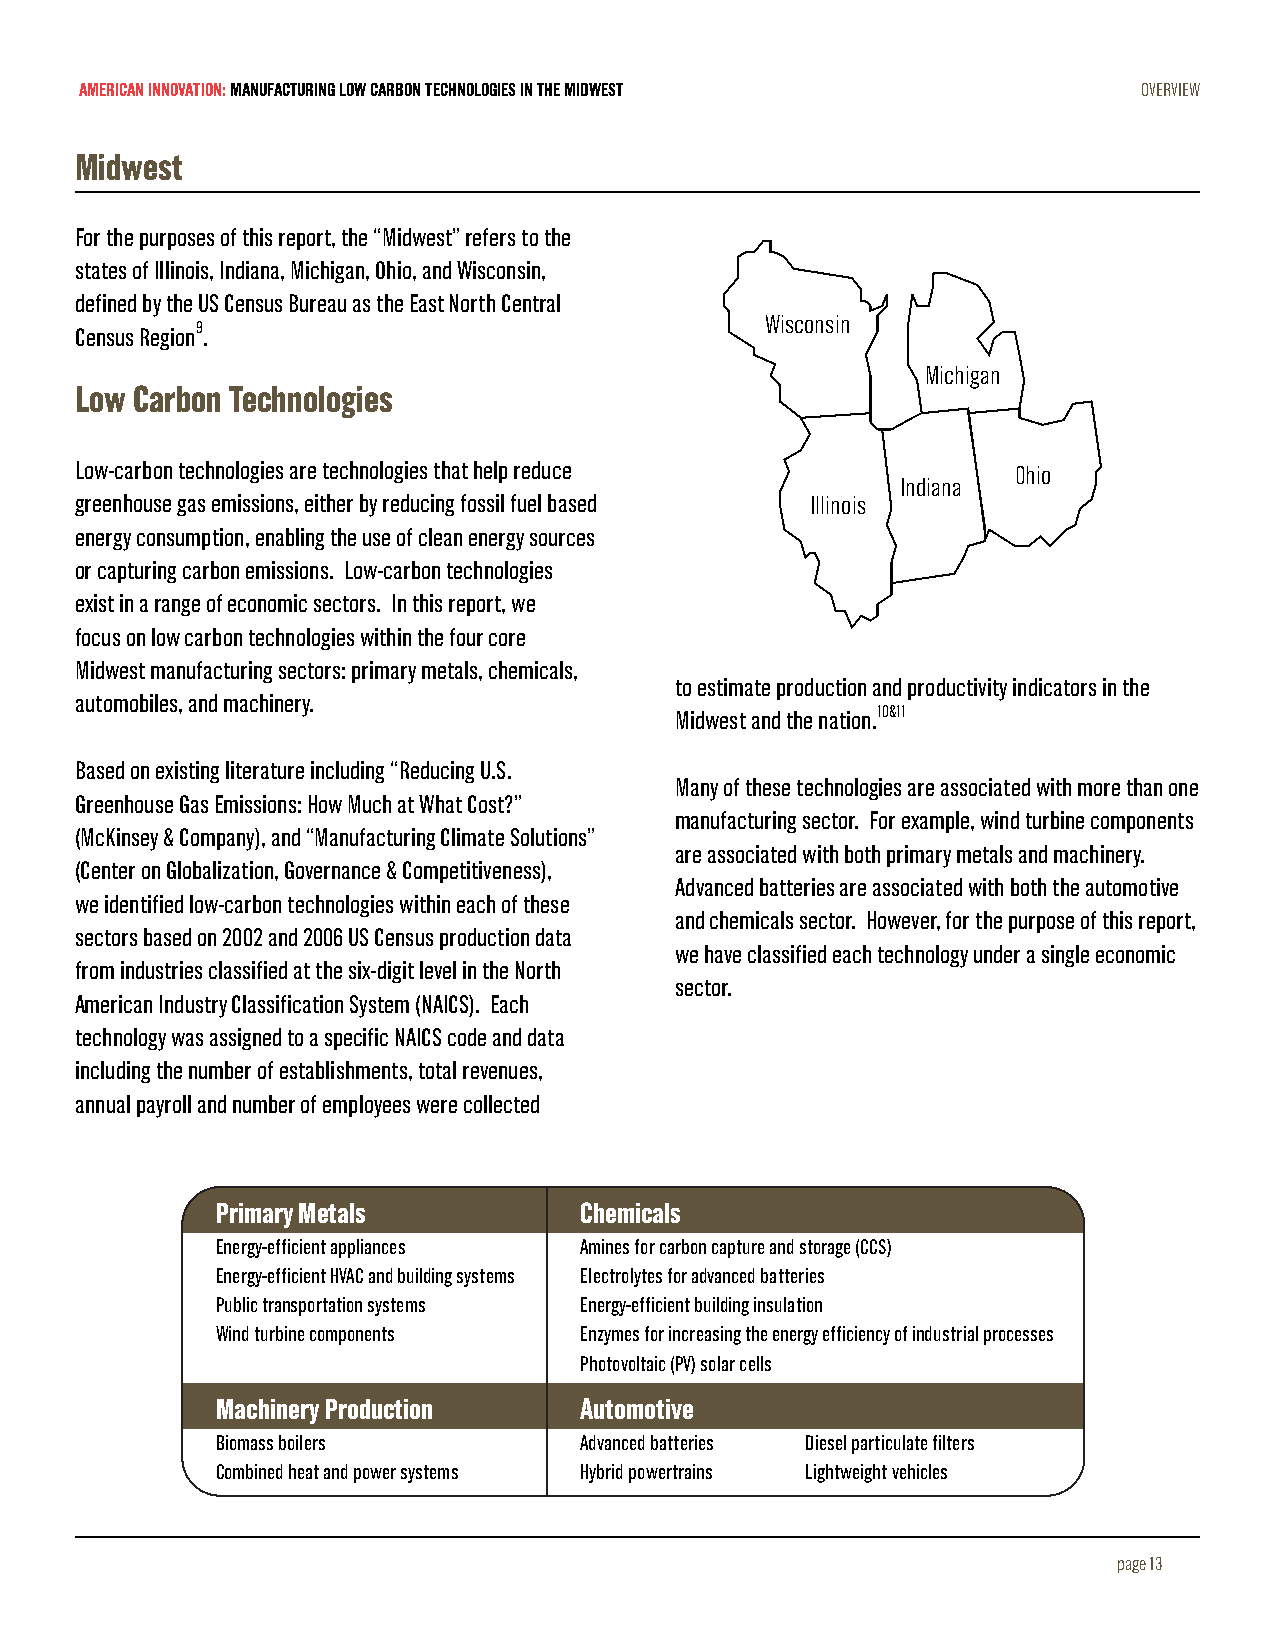
AMERICAN INNOVATION: MANUFACTURING LOW CARBON TECHNOLOGIES IN THE MIDWEST OVERVIEW
 Midwest
 For the purposes of this report, the “Midwest” refers to the
 states of Illinois, Indiana, Michigan, Ohio, and Wisconsin,
 defined by the US Census Bureau as the East North Central
 Wisconsin
 Census Region9.
 Michigan
 Low Carbon Technologies
 Low-carbon technologies are technologies that help reduce     Ohio
 Indiana
 greenhouse gas emissions, either by reducing fossil fuel based Illinois
 energy consumption, enabling the use of clean energy sources
 or capturing carbon emissions. Low-carbon technologies
 exist in a range of economic sectors. In this report, we
 focus on low carbon technologies within the four core
 Midwest manufacturing sectors: primary metals, chemicals,
 to estimate production and productivity indicators in the
 automobiles, and machinery.
 Midwest and the nation.10&11
 Based on existing literature including “Reducing U.S.
 Many of these technologies are associated with more than one
 Greenhouse Gas Emissions: How Much at What Cost?”
 manufacturing sector. For example, wind turbine components
 (McKinsey & Company), and “Manufacturing Climate Solutions”
 are associated with both primary metals and machinery.
 (Center on Globalization, Governance & Competitiveness),
 Advanced batteries are associated with both the automotive
 we identified low-carbon technologies within each of these
 and chemicals sector. However, for the purpose of this report,
 sectors based on 2002 and 2006 US Census production data
 we have classified each technology under a single economic
 from industries classified at the six-digit level in the North
 sector.
 American Industry Classification System (NAICS). Each
 technology was assigned to a specific NAICS code and data
 including the number of establishments, total revenues,
 annual payroll and number of employees were collected
 Primary Metals          Chemicals
 Energy-efficient appliances Amines for carbon capture and storage (CCS)
 Energy-efficient HVAC and building systems Electrolytes for advanced batteries
 Public transportation systems Energy-efficient building insulation
 Wind turbine components Enzymes for increasing the energy efficiency of industrial processes
 Photovoltaic (PV) solar cells
 Machinery Production    Automotive
 Biomass boilers         Advanced batteries Diesel particulate filters
 Combined heat and power systems Hybrid powertrains Lightweight vehicles
 page 13